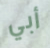
أبي